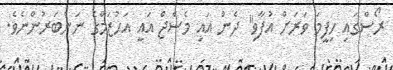
ރޯސްގައި ހިފީމަ ވަރަށް އުފާވި" ދެން އައި މެސެޖް އައީ އަހުޒަމްގެ ނަންބަރުންނެވެ.